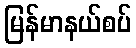
မြန်မာနယ်စပ်